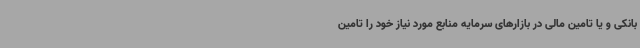
بانکی و یا تامین مالی در بازارهای سرمایه منابع مورد نیاز خود را تامین